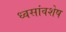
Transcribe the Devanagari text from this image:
ध्वसांवशेष